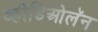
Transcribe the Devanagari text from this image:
व्हीडिओलॅन